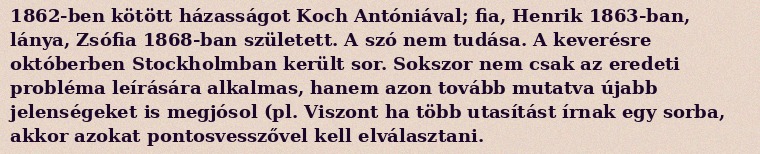
1862-ben kötött házasságot Koch Antóniával; fia, Henrik 1863-ban, lánya, Zsófia 1868-ban született. A szó nem tudása. A keverésre októberben Stockholmban került sor. Sokszor nem csak az eredeti probléma leírására alkalmas, hanem azon tovább mutatva újabb jelenségeket is megjósol (pl. Viszont ha több utasítást írnak egy sorba, akkor azokat pontosvesszővel kell elválasztani.